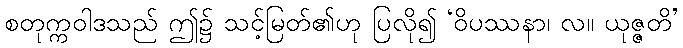
စတုက္ကဝါဒသည် ဤ၌ သင့်မြတ်၏ဟု ပြလို၍ ‘ဝိပဿနာ၊ လ။ ယုဇ္ဇတိ’